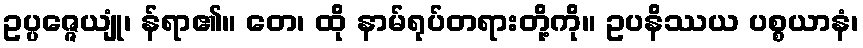
ဥပ္ပဇ္ဇေယျုံ၊ န်ရာ၏။ တေ၊ ထို နာမ်ရုပ်တရားတို့ကို။ ဥပနိဿယ ပစ္စယာနံ၊